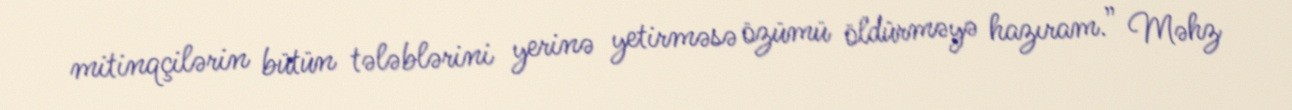
mitinqçilərin bütün tələblərini yerinə yetirməsə özümü öldürməyə hazıram.” Məhz